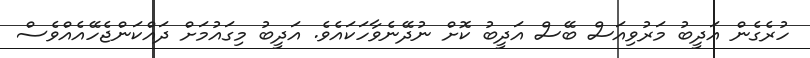
ހުރެގެން އަދީބު މަރުވިއަސް ބޭސް އަދީބު ކޮށް ނުދޭނެވާހަކައެވެ. އަދީބު މިގައުމަށް ދައްކަންޖެހޭއެއްވެސް